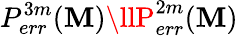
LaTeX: P_{err}^{3m}(\mathbf{M})\llP_{err}^{2m}(\mathbf{M})